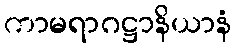
ကာမရာဂဋ္ဌာနိယာနံ